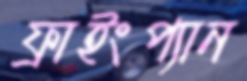
ফ্রাইংপ্যান